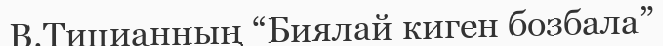
В.Тицианның “Биялай киген бозбала”